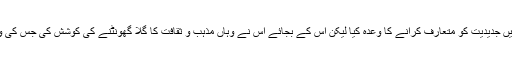
جب چین نے ۱۹۵۰ء میں تبت میں جارحیت کی تو اس نے اس الگ تھلگ جاگیردارانہ ریاست میں جدیدیت کو متعارف کرانے کا وعدہ کیا لیکن اس کے بجائے اس نے وہاں مذہب و ثقافت کا گلا گھونٹنے کی کوشش کی جس کی وجہ سے تبتی حکومت کو بشمول اس کے اعلیٰ ترین مذہبی و سیاسی رہنما کے جلاوطن ہونا پڑا۔